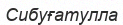
Сибуғатулла